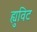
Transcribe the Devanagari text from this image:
ह्युविट